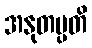
အနုတပ္ပတိ